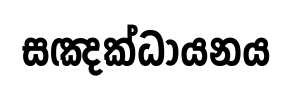
සඤක්ධායනය